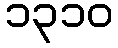
၁၃၁၀